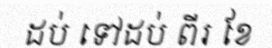
ដប់ ទៅដប់ ពីរ ខែ